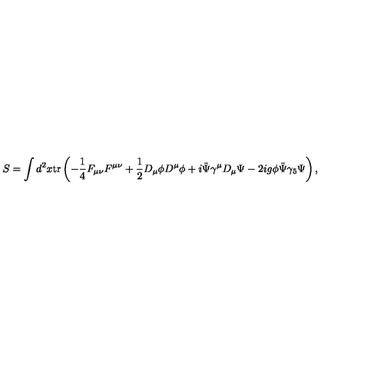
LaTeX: S = \int d ^ { 2 } x \mathrm { t r } \left( - \frac { 1 } { 4 } F _ { \mu \nu } F ^ { \mu \nu } + \frac { 1 } { 2 } D _ { \mu } \phi D ^ { \mu } \phi + i \bar { \Psi } \gamma ^ { \mu } D _ { \mu } \Psi - 2 i g \phi \bar { \Psi } \gamma _ { 5 } \Psi \right) ,